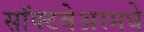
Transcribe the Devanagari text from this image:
सॉफ्टवेअरमधे